Vabadussoja_Ajaloo_Komitee, lk 44
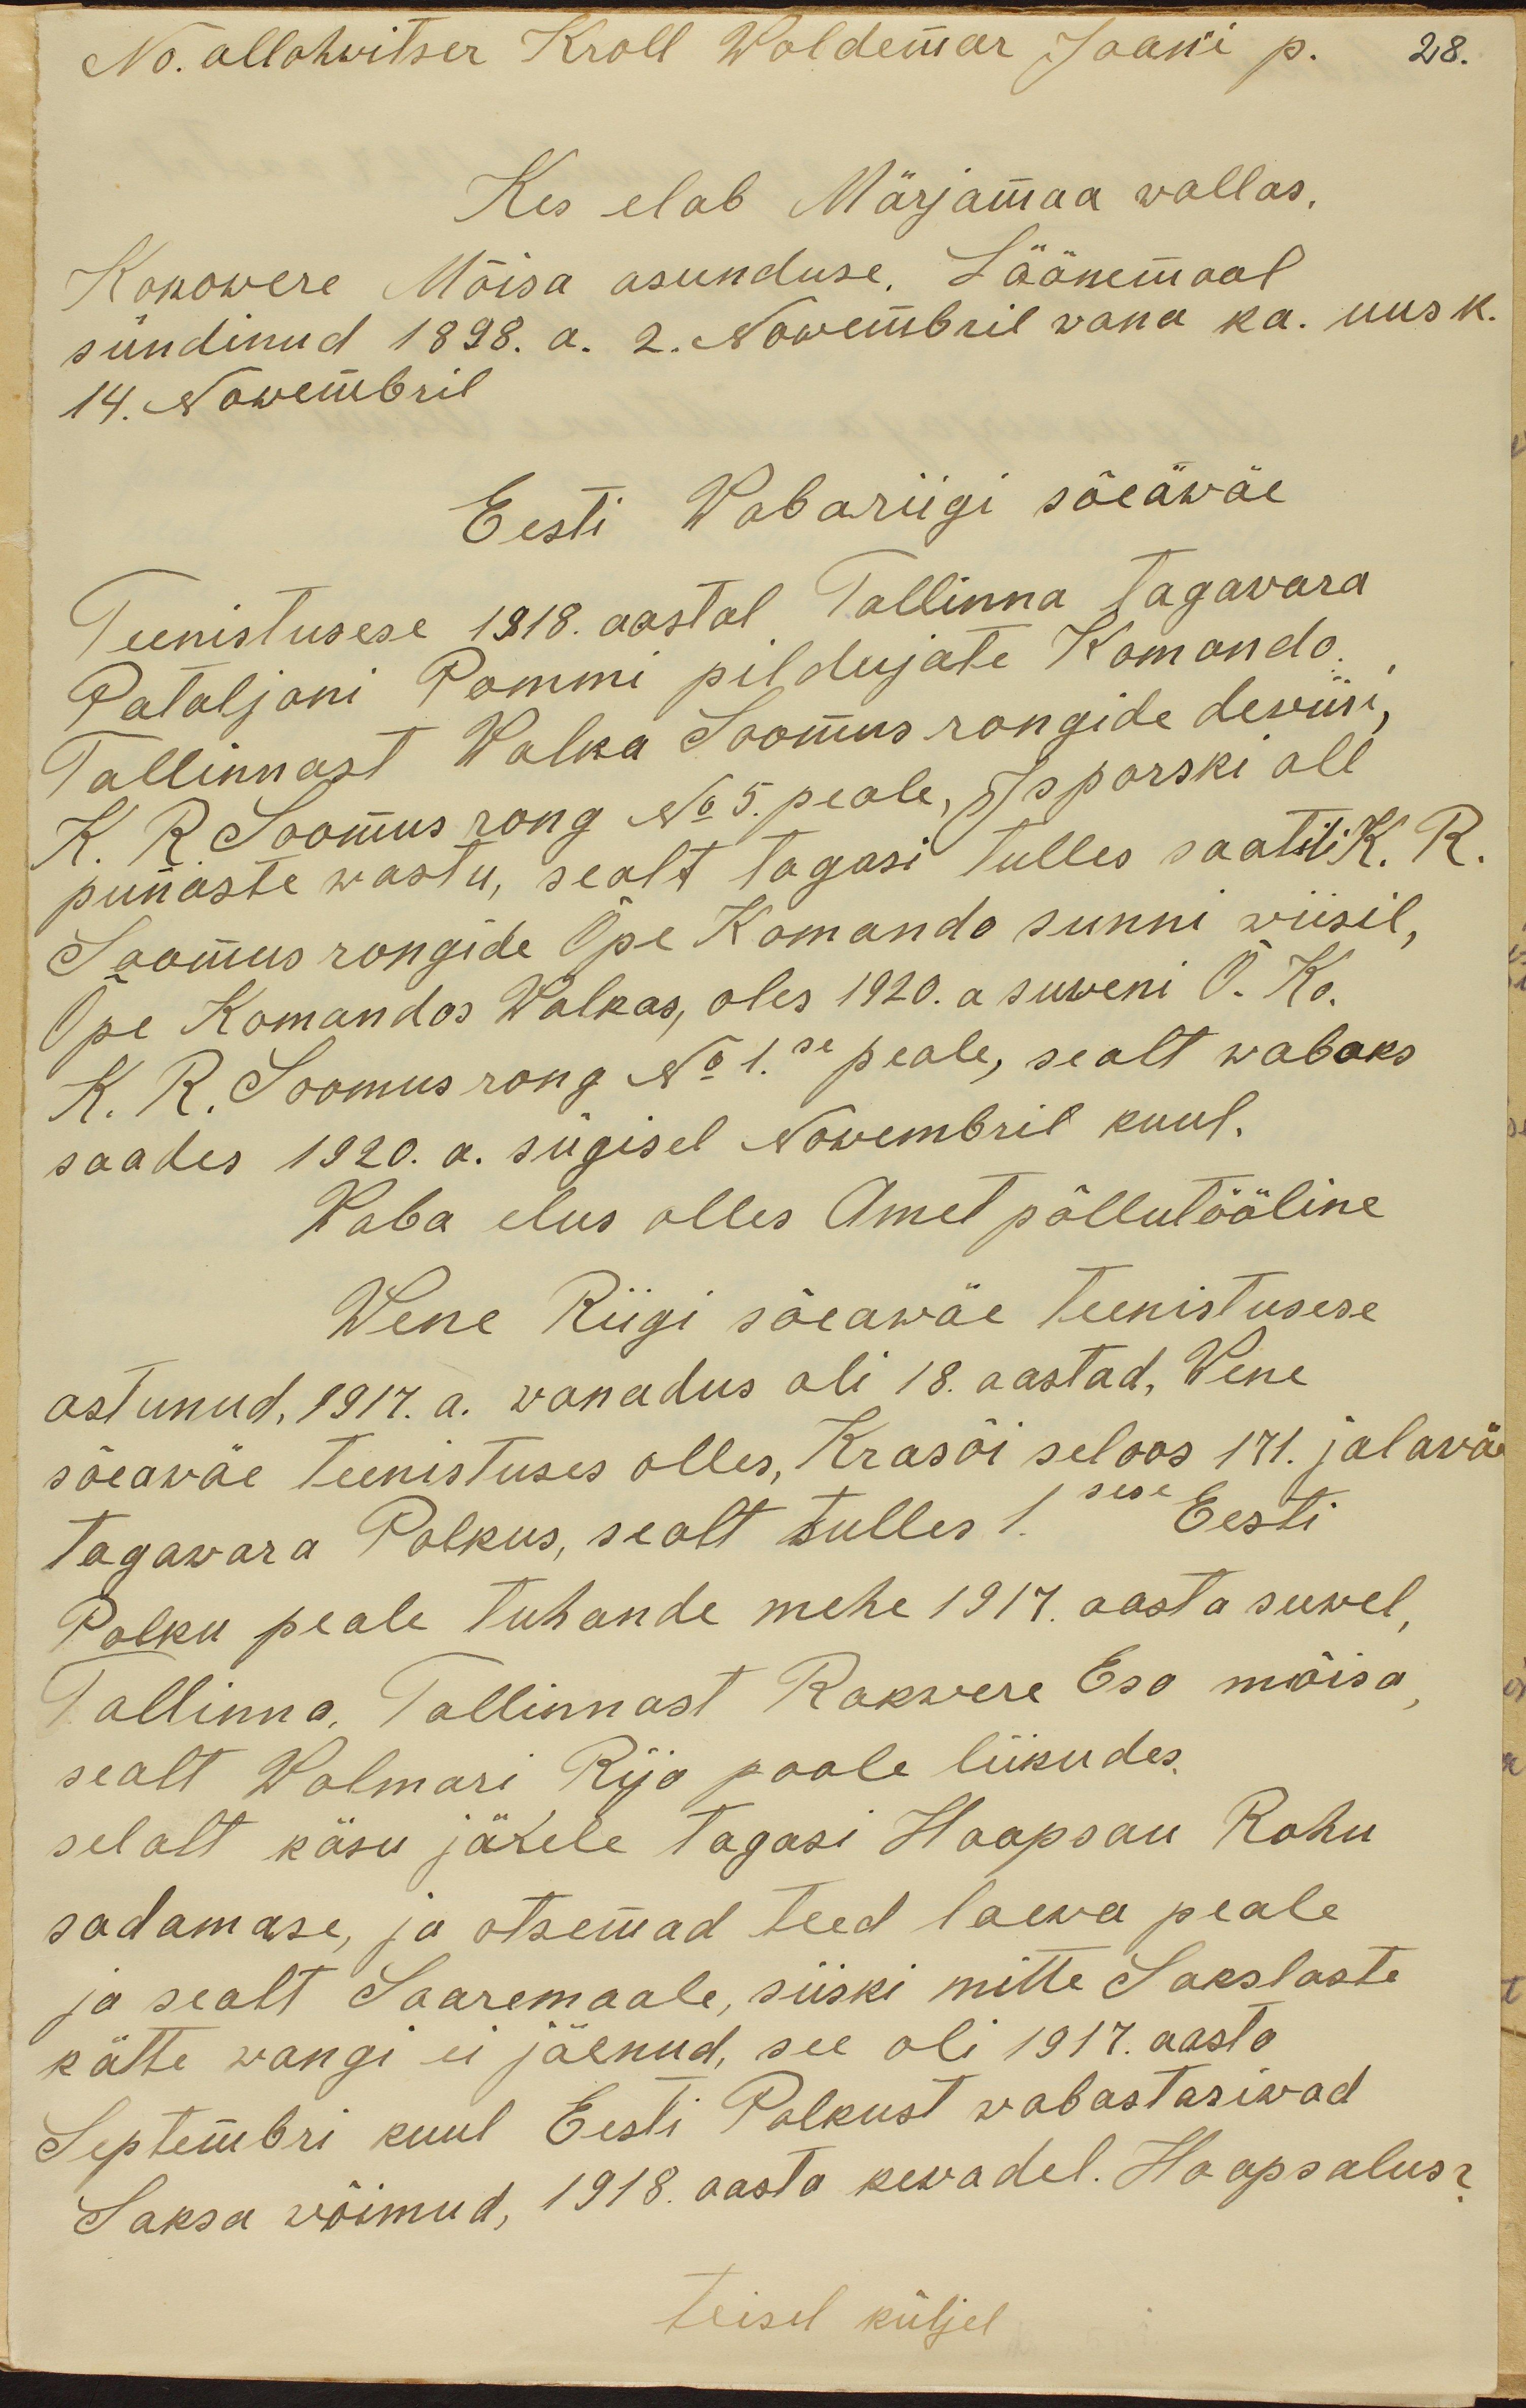
No. allohwitser Kroll Woldemar Jaani p. 28.
Kes elab Märjamaa wallas
Konowere Mõisa asunduse. Läänemaal
sündinud 1898. a. 2. Nowembril  vana ka. uus k.
14. Nowembril
Eesti Wabariigi sõeäwäe
Teenistusese 1918 aastal Tallinna Tagawara
Pataljoni Pommi pildujate Komando.
Tallinnast Walka Soomus rongide dewiisi,
K. R. Soomusrong No 5. peale, Isporski all
punaste wastu, sealt tagasi tulles saatik K. R.
Soomus rongide Õpe Komando sunni wiisil,
Õpe Komandos Walkas, oles 1920. a suweni Õ. Ko.
K. R. Soomus rong No 1.se peale, sealt wabaks
saades 1920.a. sügisel Nowembril kuul.
Waba elus olles Amet põllutööline
Wene Riigi sõeawäe Teenistusese
astunud, 1917. a. wanadus oli 18 aastad, Wene
sõeawäe teenistuses olles, Krasõi seloos 171. jalawäe
Tagawara Polkus, sealt tulles 1.sese Eesti
Polku peale tuhande mehe 1917 aasta suwel
Tallinna. Tallinnast Rakwere Eso mõisa,
sealt Wolmari Rija poole liikudes.
selalt käsu järele tagasi Haapsau Rohu
sadamasse ja otsemad teed laewa peale
ja sealt Saaremaale, siiski mitte Sakslaste
kätte wangi ei jäenud, see oli 1917. aasta
Septembri kuul Eesti Polkust wabastasiwad
Saksa wõimud, 1918. aasta kewadel Haapsalus?
Teisel küljel